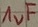
Text: 1uF